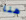
هنا